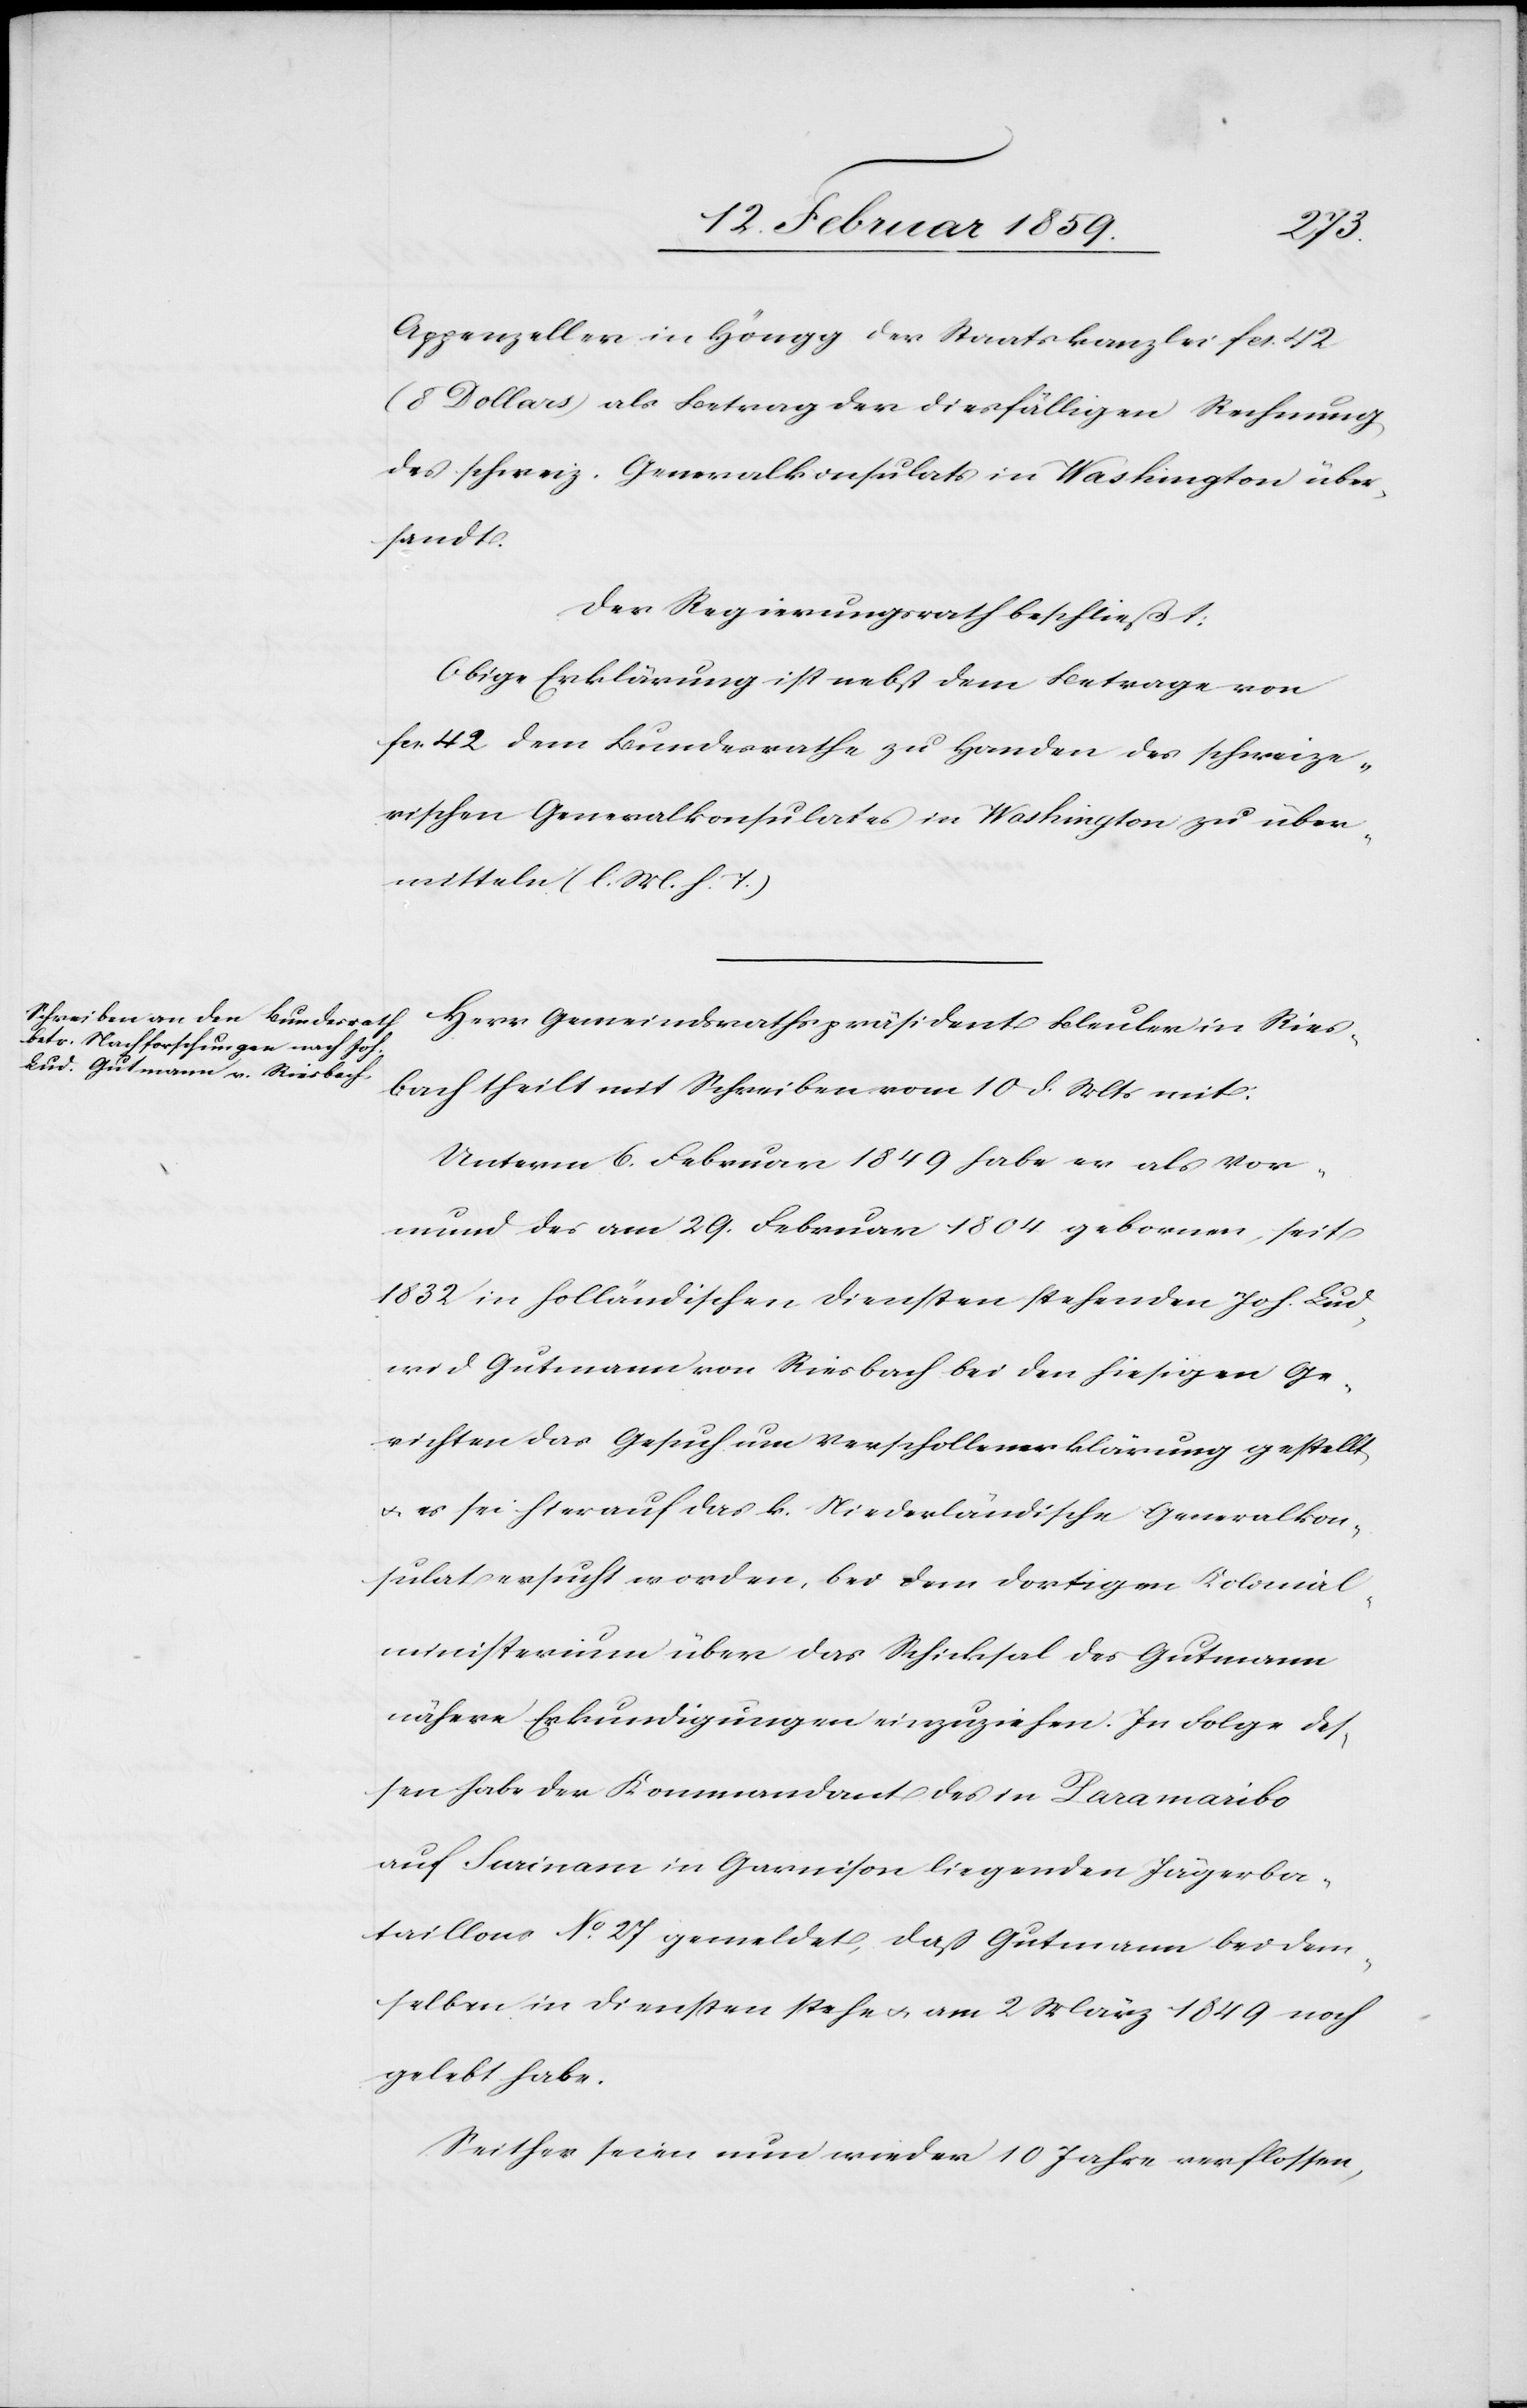
Appenzeller in Höngg der Staatskanzlei fcs. 42
(8 Dollars) als Betrag der diesfälligen Rechnung
des schweiz. Generalkonsulats in Washington über¬
sandt.
Der Regierungsrath beschließt:
Obige Erklärung ist nebst dem Betrage von
fcs. 42 dem Bundesrathe zu Handen des schweize¬
rischen Generalkonsulates in Washington zu über¬
mitteln (l. M. h. T.)
Herr Gemeindrathspräsident Bleuler in Ries¬
bach theilt mit Schreiben vom 10. d. Mts mit:
Unterm 6. Februar 1849 habe er als Vor¬
mund des am 29. Februar 1804 gebornen, seit
1832 in holländischen Diensten stehenden Joh. Lud¬
wid Gutmann von Riesbach bei den hiesigen Ge¬
richten das Gesuch um Verschollenerklärung gestellt
u. es sei hierauf das k. Niederländische Generalkon¬
sulat ersucht worden, bei dem dortigen Kolonial¬
ministerium über das Schicksal des Gutmann
nähere Erkundigungen einzuziehen. In Folge des¬
sen habe der Kommandant des in Paramaribo
auf Surinam in Garnison liegenden Jägerba¬
taillons No. 27 gemeldet, daß Gutmann bei dem¬
selben in Diensten stehe u. am 2 März 1849 noch
gelebt habe.
Seither seien nun wieder 10 Jahre verflossen,